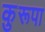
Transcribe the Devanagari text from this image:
कुरूपा